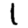
Digit: 1